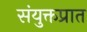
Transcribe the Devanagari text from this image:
संयुक्तप्रात